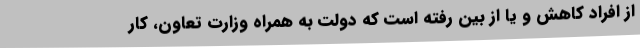
از افراد کاهش و یا از بین رفته است که دولت به همراه وزارت تعاون، کار